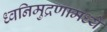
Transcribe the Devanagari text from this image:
ध्वनिमुद्रणामध्ये